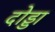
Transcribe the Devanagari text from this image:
दोड्डा